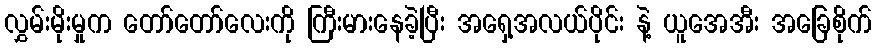
လွှမ်းမိုးမှုက တော်တော်လေးကို ကြီးမားနေခဲ့ပြီး အရှေ့အလယ်ပိုင်း နဲ့ ယူအေအီး အခြေစိုက်